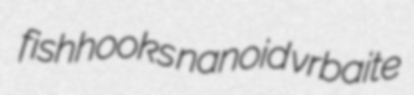
fishhooks nanoid vrbaite